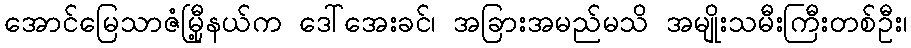
အောင်မြေသာဇံမြီု့နယ်က ဒေါ်အေးခင်၊ အခြားအမည်မသိ အမျိုးသမီးကြီးတစ်ဦး၊